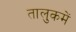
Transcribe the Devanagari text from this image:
तालुकमें